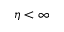
\eta < \infty